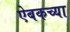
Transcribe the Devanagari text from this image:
ऐबकच्या